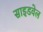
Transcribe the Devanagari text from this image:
साइडवेल